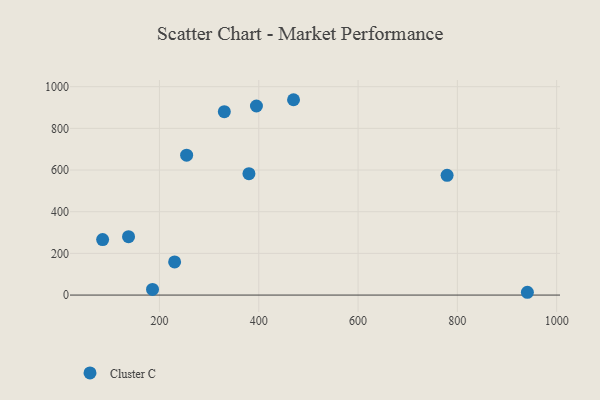
{"axis": {"x": "Study Hours", "y": "Salary"}, "legend": ["Cluster C"], "data": [{"x": "85.5", "y": 266.4, "type": "Cluster C"}, {"x": "137.7", "y": 280.1, "type": "Cluster C"}, {"x": "779.3", "y": 574.7, "type": "Cluster C"}, {"x": "941.0", "y": 13.4, "type": "Cluster C"}, {"x": "395.3", "y": 907.2, "type": "Cluster C"}, {"x": "330.6", "y": 880.1, "type": "Cluster C"}, {"x": "230.5", "y": 159.2, "type": "Cluster C"}, {"x": "254.7", "y": 671.4, "type": "Cluster C"}, {"x": "186.0", "y": 27.3, "type": "Cluster C"}, {"x": "470.0", "y": 937.4, "type": "Cluster C"}, {"x": "380.2", "y": 582.5, "type": "Cluster C"}]}